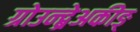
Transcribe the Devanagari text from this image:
ग्रोउन्द्ब्रेअकीङ्